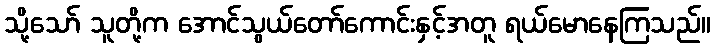
သို့သော် သူတို့က အောင်သွယ်တော်ကောင်းနှင့်အတူ ရယ်မောနေကြသည်။